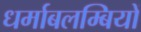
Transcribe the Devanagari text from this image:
धर्माबलम्बियों